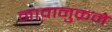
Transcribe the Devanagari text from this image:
नावानुक्रमे